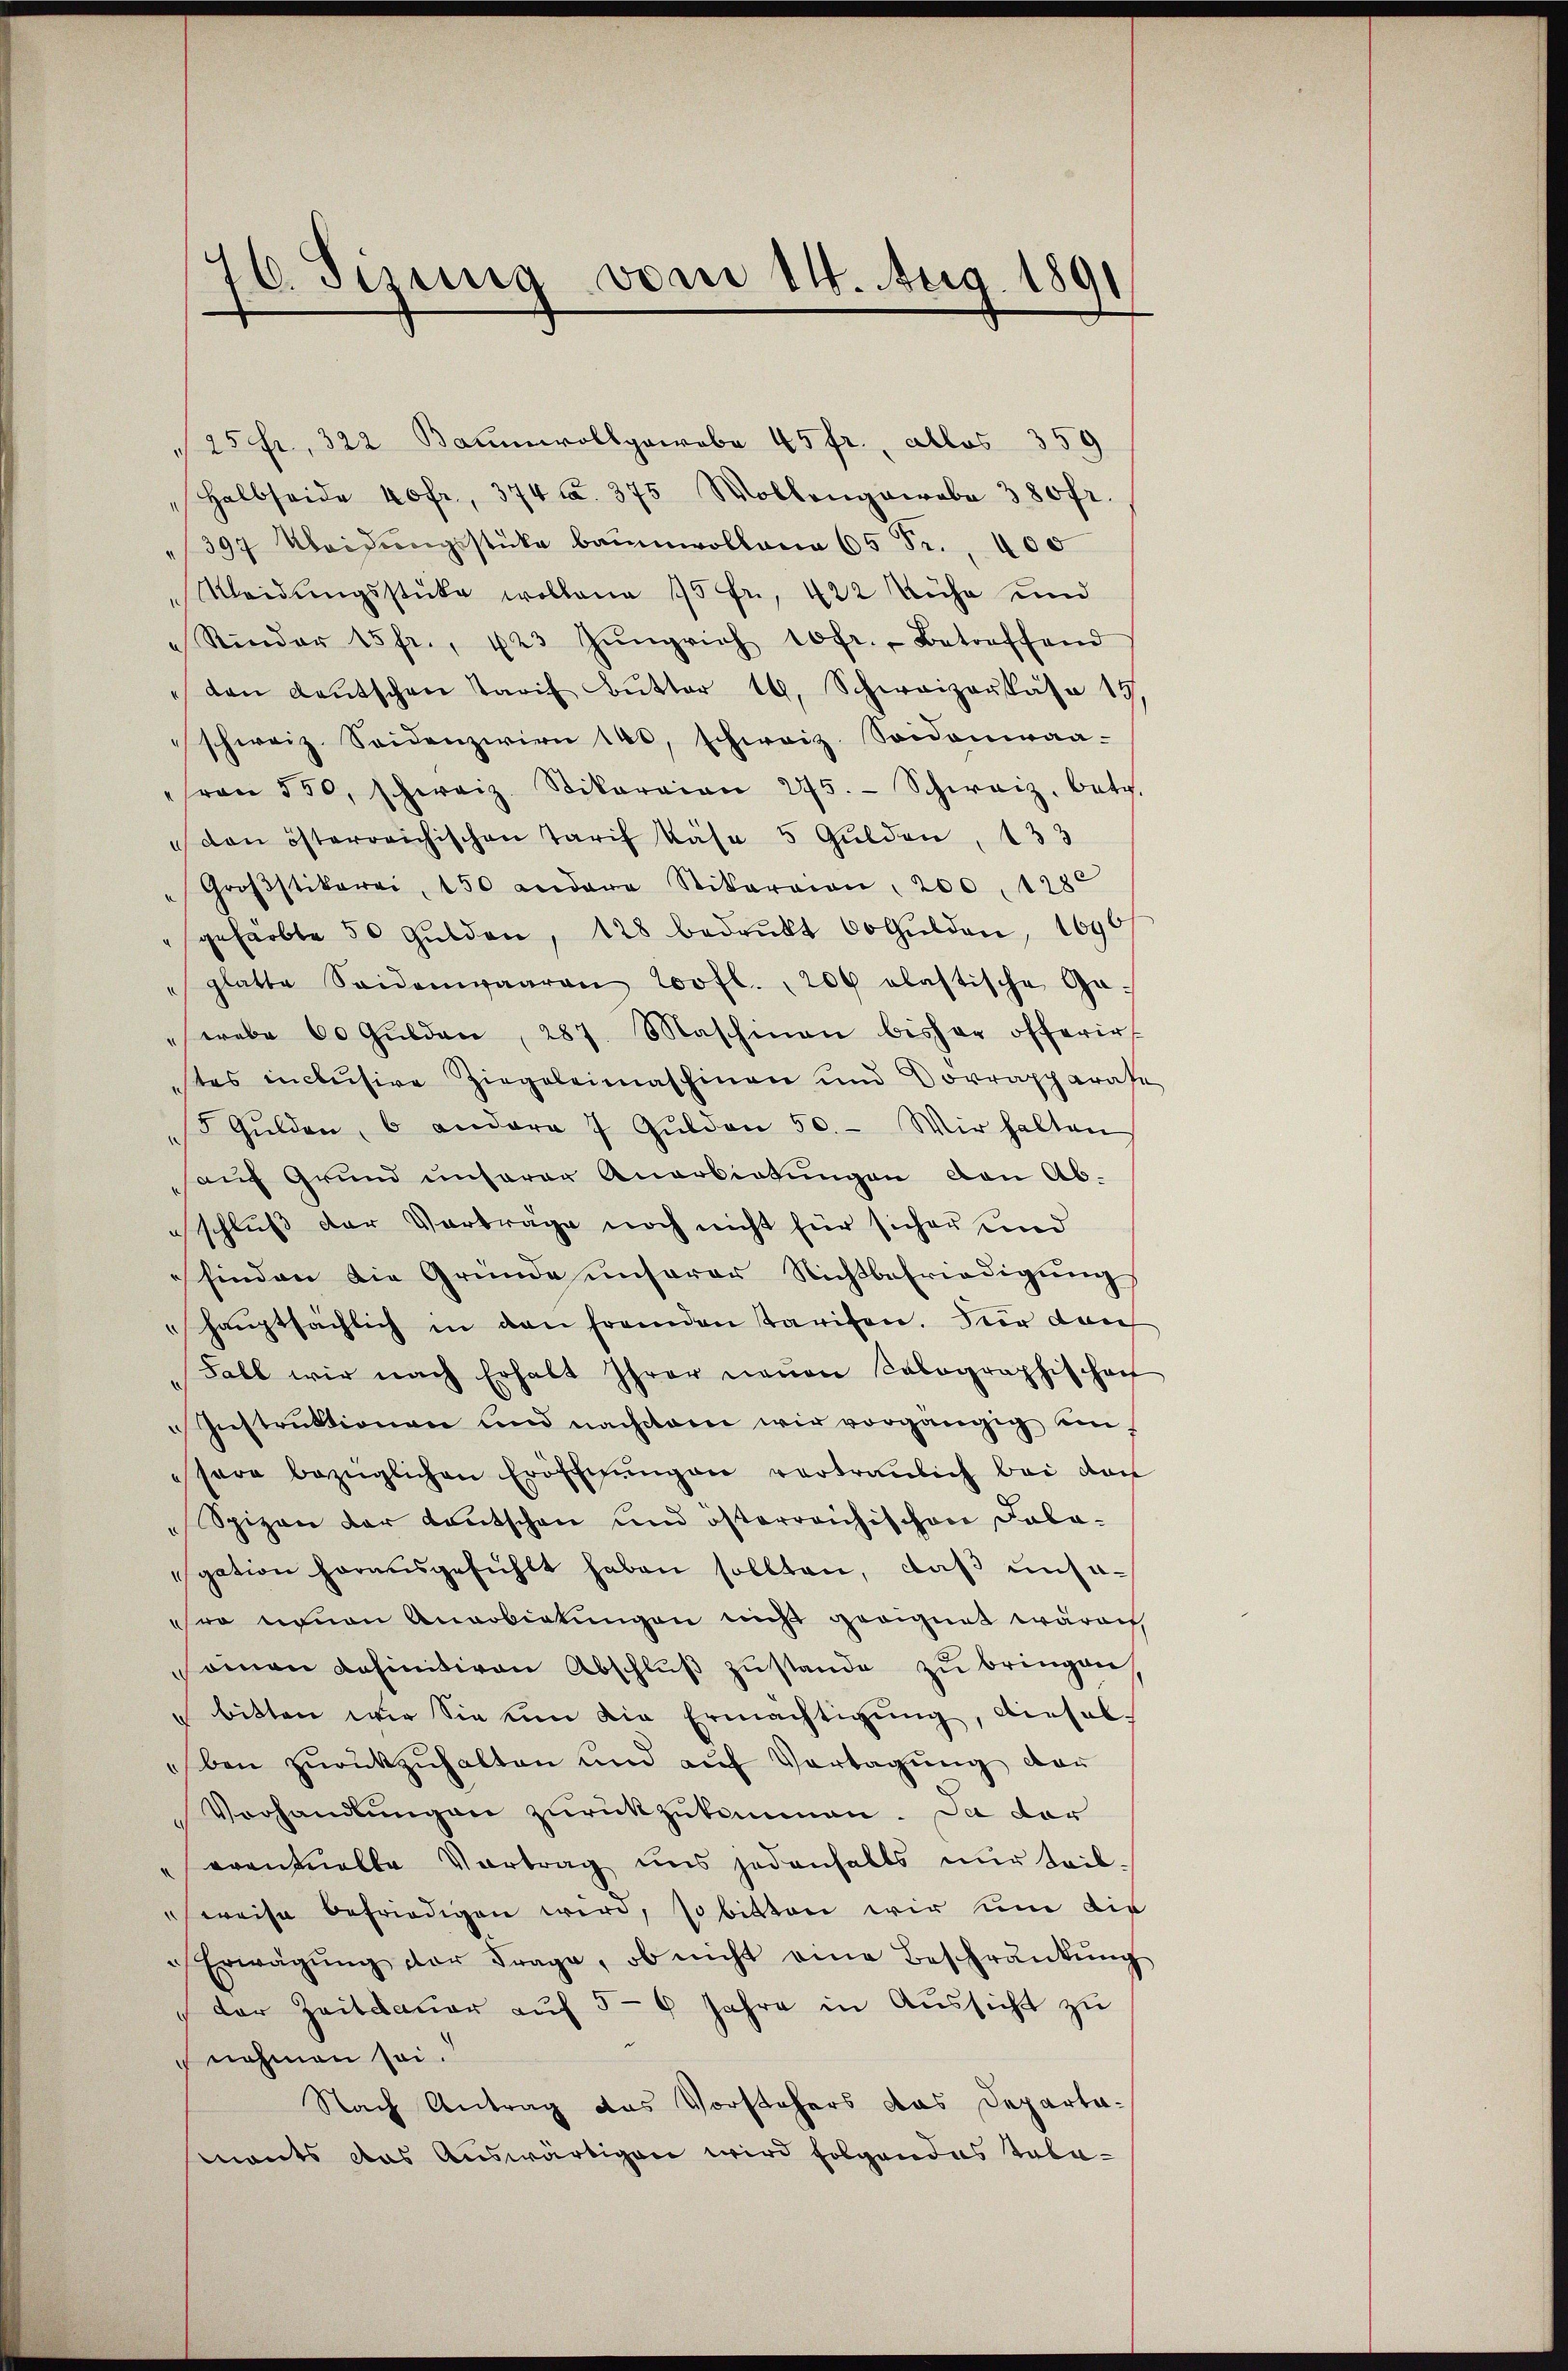
76. Sizung vom 14. Aug. 1891

25 fr., 322 Baumrollpowobe 45 fr., allos 359
Halbseide 40 fr., 374 f. 375 Wollengawobe 380 fr
397 Kleidungsstücke baumwollena 65 Fr. 400
Meidŭngsstücke wollene 15 fr., 422 Kühe und
Rinder 15 fr., 423 Jŭngrich 10 fr., Betreffend
den deutschen Tarif Bŭtter 19. Schwaizaŭkasa 19,
schweiz. Seidenzirien 140, schweiz. Soidoniaa-
ron 550, schweiz. Vikarian 275. Schweiz, betr.
 den österreichischen Tarif Käse 5 Gulden, 133
Groβstikerei, 150 andere Stikarion, 200, 1280
gefärbte 50 Gulden, 128 bedrükt 60 Gulden, 1690
"glatte Seidenwaaren Loofl., 200 elastische Ga-
strebe 60 Gulden, 287. Maschinen bisher offerir
tes inclusive Ziegeleimaschinen und Vorrapparase
5 Gulden, 6 andere 7 Gulden 50. Wir halten
aŭf Grund unserer Anerbietungen von Ab-
schluß der Vorträge noch nicht für sicher und
finden die Gründe unserer Nichtbefriedigung
haŭptsächlich in den fremden tarifen. Dir dan
Fall wir nach Erhalt Ihrer neŭen Solographischaft
Instrŭktionen und nachdem wir vorgängig einsere bezüglichen Eröffnŭngen vertraulich bei dan
Spizen der Kautschen und österreichischen Fala-
gation herausgefühlt haben sollten, daß unsoro neuen Anerbietungen nicht geeignet wären,
sommen definitiven Abschlŭβ zŭstande zu bringen
bitten wir Sie um die Ermächtigŭng, diesel-
ben zŭrückzŭhalten und aŭf Vertagung der
Vorhandlungen zurückzukommen. Da der
erentuelle Vortrag uns jedenfalls nur teil-
weise befriedigen wird, so bitten wir um die
Erwägŭng der Frage, ob nicht eine Beschränkung
der Zeitdauer aŭf 5-6 Jahre in Aussicht zu
nehmen sei.
Nach Antrag das Vorstehers das Departa-
mants das Auswärtigen wird folgendes Taba¬